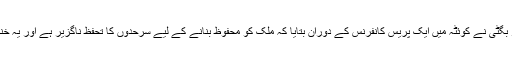
بلوچستان کے وزیر داخلہ سر فراز بگٹی نے کوئٹہ میں ایک پریس کانفرنس کے دوران بتایا کہ ملک کو محفوظ بنانے کے لیے سرحدوں کا تحفظ ناگزیر ہے اور یہ خندق اسی سلسلے کی ایک کڑی ہے۔